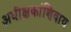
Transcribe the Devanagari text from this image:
अधीक्षकांशिवाय